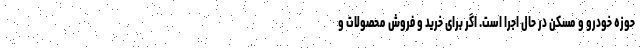
حوزه خودرو و مسکن در حال اجرا است. اگر برای خرید و فروش محصولات و